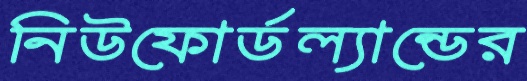
নিউফোর্ডল্যান্ডের